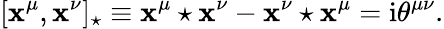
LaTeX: [\mathbf{x}^{\mu},\mathbf{x}^{\nu}]_{\star}\equiv\mathbf{x}^{\mu}\star\mathbf{x}^{\nu}-\mathbf{x}^{\nu}\star\mathbf{x}^{\mu}=\mathrm{{i}}\theta^{\mu\nu}.